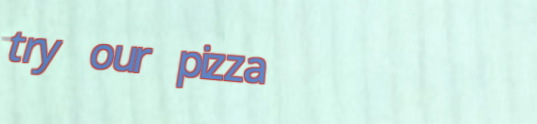
try our pizza